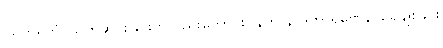
ဩတရိတုံ၊ သက်ဆင်းခြင်းငှာလည်းကောင်း။ နဟာနာဒိကာရဏေန၊ ရေချိုးခြင်း